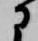
に